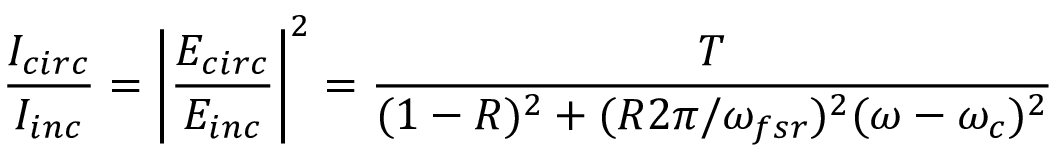
\frac { I _ { c i r c } } { I _ { i n c } } = \left| \frac { E _ { c i r c } } { E _ { i n c } } \right| ^ { 2 } = \frac { T } { ( 1 - R ) ^ { 2 } + ( R 2 \pi / \omega _ { f s r } ) ^ { 2 } ( \omega - \omega _ { c } ) ^ { 2 } }